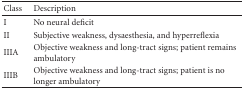
| Class | Description |
 | --- | --- |
 | I | No neural deficit |
 | II | Subjective weakness, dysaesthesia, and hyperreflexia |
 | IIIA | Objective weakness and long-tract signs; patient remains ambulatory |
 | IIIB | Objective weakness and long-tract signs; patient is no longer ambulatory |